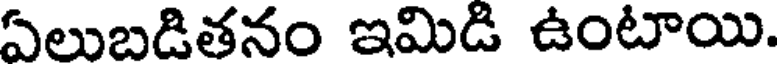
ఏలుబడితనం ఇమిడి ఉంటాయి.